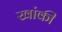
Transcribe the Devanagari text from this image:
खांकी